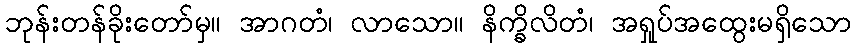
ဘုန်းတန်ခိုးတော်မှ။ အာဂတံ၊ လာသော။ နိက္ခိလိတံ၊ အရှုပ်အထွေးမရှိသော